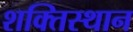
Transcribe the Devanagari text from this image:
शक्तिस्थान